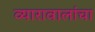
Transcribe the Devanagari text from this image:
व्यारावालांचा